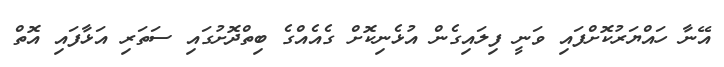
އޭނާ ހައްޔަރުކޮށްފައި ވަނީ ފިލައިގެން އުޅެނިކޮށް ގެއެއްގެ ބިތްދޮށުގައި ސަތަރި އަޅާފައި އޮތް